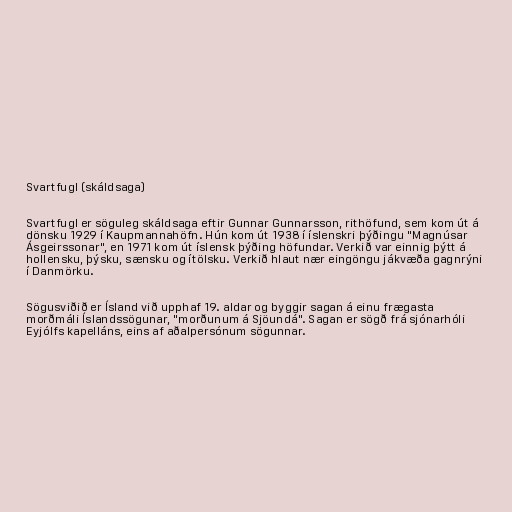
Svartfugl (skáldsaga)

Svartfugl er söguleg skáldsaga eftir Gunnar Gunnarsson, rithöfund, sem kom út á
dönsku 1929 í Kaupmannahöfn. Hún kom út 1938 í íslenskri þýðingu "Magnúsar
Ásgeirssonar", en 1971 kom út íslensk þýðing höfundar. Verkið var einnig þýtt á
hollensku, þýsku, sænsku og ítölsku. Verkið hlaut nær eingöngu jákvæða gagnrýni
í Danmörku.

Sögusviðið er Ísland við upphaf 19. aldar og byggir sagan á einu frægasta
morðmáli Íslandssögunar, "morðunum á Sjöundá". Sagan er sögð frá sjónarhóli
Eyjólfs kapelláns, eins af aðalpersónum sögunnar.